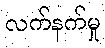
လက်နက်မှု